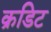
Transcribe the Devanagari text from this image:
क्रडिट